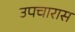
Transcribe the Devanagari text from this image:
उपचारास